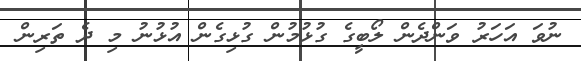
ނުވަ އަހަރު ވަންދެން ލޯބީގެ ގުޅުމުން ގުޅިގެން އުޅުނު މި ދެ ތަރިން